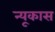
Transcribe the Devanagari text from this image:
न्यूकास